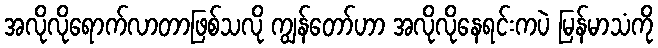
အလိုလိုရောက်လာတာဖြစ်သလို ကျွန်တော်ဟာ အလိုလိုနေရင်းကပဲ မြန်မာသံကို